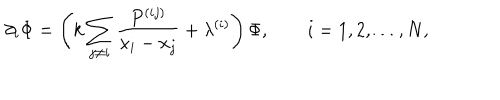
\partial _ { i } \Phi = \left( k \sum _ { j \ne i } \frac { P ^ { ( i j ) } } { x _ { i } - x _ { j } } + \lambda ^ { ( i ) } \right) \Phi , \qquad i = 1 , 2 , \ldots , N ,